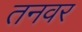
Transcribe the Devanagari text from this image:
तनवर